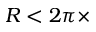
R < 2 \pi \times